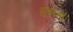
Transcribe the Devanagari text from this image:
सूचनार्थ।